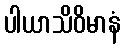
ပါယာသိဝိမာနံ